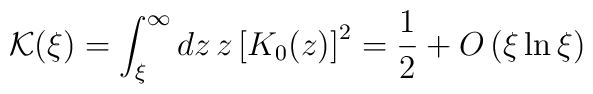
{\mathcal K} (\xi)=\int_{\xi}^{\infty} d z \, z \left[ K_{0} (z) \right]^{2} = \frac{1}{2} +O\left(\xi \ln \xi  \right)\;